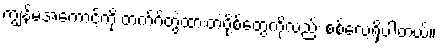
ကျွန်မအကောင့်ကို တက်ဂ်တွဲထားတဲ့ပို့စ်တွေကိုလည်း စစ်လေ့ရှိပါတယ်။